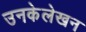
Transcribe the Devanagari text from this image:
उनकेलेखन